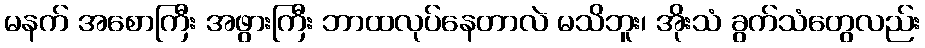
မနက် အစောကြီး အဖွားကြီး ဘာထလုပ်နေတာလဲ မသိဘူး၊ အိုးသံ ခွက်သံတွေလည်း